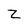
Character: z